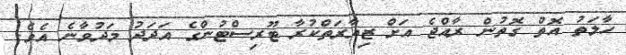
ހާލަތު އޮތް ގޮތުން ރާއްޖެ އަށް ޒިޔާރަތްކުރާ ޓޫރިސްޓުންގެ އަދަދު މަދުވާނެ އެވެ.